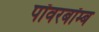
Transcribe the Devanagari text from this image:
पॉवरबॉम्ब